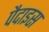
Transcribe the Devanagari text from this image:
पैदाइस